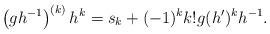
LaTeX: \begin{align*}\left( gh^{-1}\right)^{(k)}h^{k}=s_{k}+(-1)^{k}k!g(h')^{k}h^{-1}.\end{align*}